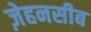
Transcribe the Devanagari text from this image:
ज़ेहनसीब